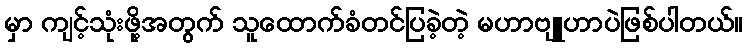
မှာ ကျင့်သုံးဖို့အတွက် သူထောက်ခံတင်ပြခဲ့တဲ့ မဟာဗျူဟာပဲဖြစ်ပါတယ်။